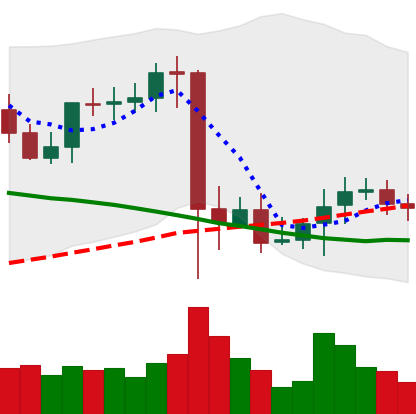
Ticker: XMR-USD
Chart end date: 2021-09-17
Forward return: -6.549%
Label: down_5_7